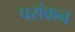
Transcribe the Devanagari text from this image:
परांकन